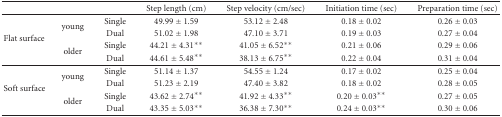
<table><thead><tr><td></td><td></td><td></td><td><b>Step length (cm)</b></td><td><b>Step velocity (cm/sec)</b></td><td><b>Initiation time (sec)</b></td><td><b>Preparation time (sec)</b></td></tr></thead><tbody><tr><td rowspan="4">Flat surface</td><td rowspan="2">young</td><td>Single</td><td>49.99 ± 1.59</td><td>53.12 ± 2.48</td><td>0.18 ± 0.02</td><td>0.26 ± 0.03</td></tr><tr><td>Dual</td><td>51.02 ± 1.98</td><td>47.10 ± 3.71</td><td>0.19 ± 0.03</td><td>0.27 ± 0.04</td></tr><tr><td rowspan="2">older</td><td>Single</td><td>44.21 ± 4.31**</td><td>41.05 ± 6.52**</td><td>0.21 ± 0.06</td><td>0.29 ± 0.06</td></tr><tr><td>Dual</td><td>44.61 ± 5.48**</td><td>38.13 ± 6.75**</td><td>0.22 ± 0.04</td><td>0.31 ± 0.04</td></tr><tr><td rowspan="4">Soft surface</td><td rowspan="2">young</td><td>Single</td><td>51.14 ± 1.37</td><td>54.55 ± 1.24</td><td>0.17 ± 0.02</td><td>0.25 ± 0.04</td></tr><tr><td>Dual</td><td>51.23 ± 2.19</td><td>47.40 ± 3.82</td><td>0.18 ± 0.02</td><td>0.28 ± 0.05</td></tr><tr><td rowspan="2">older</td><td>Single</td><td>43.62 ± 2.74**</td><td>41.92 ± 4.33**</td><td>0.20 ± 0.03**</td><td>0.27 ± 0.05</td></tr><tr><td>Dual</td><td>43.35 ± 5.03**</td><td>36.38 ± 7.30**</td><td>0.24 ± 0.03**</td><td>0.30 ± 0.06</td></tr></tbody></table>